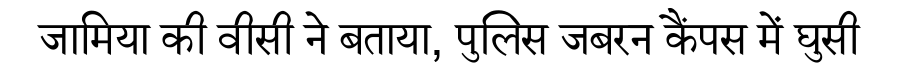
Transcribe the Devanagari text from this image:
जामिया की वीसी ने बताया, पुलिस जबरन कैंपस में घुसी